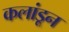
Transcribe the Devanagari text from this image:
कलांडून